Leaving Certificate Examination, 1913
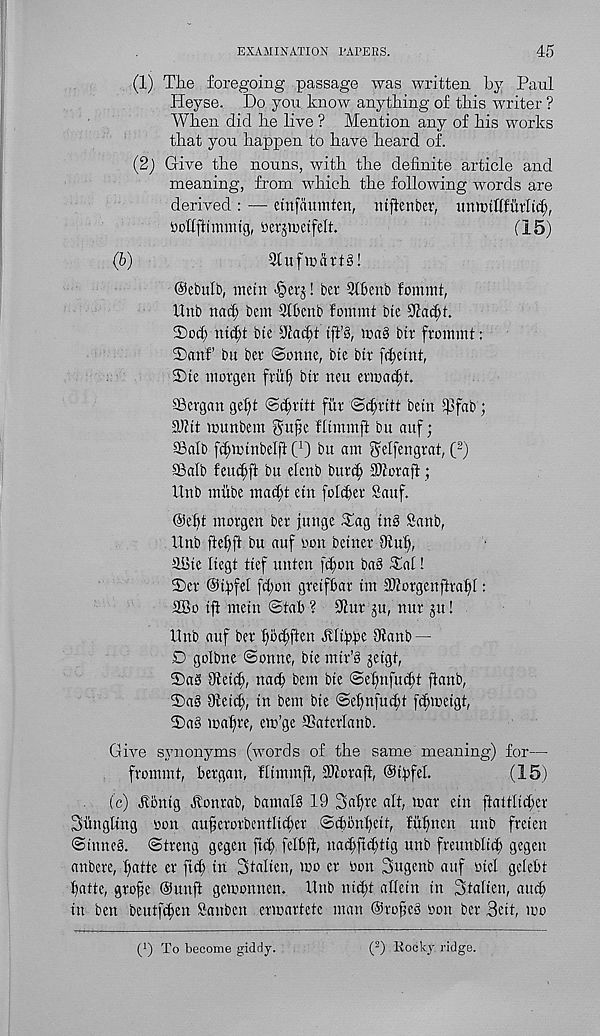
EXAMINATION I'APEES.
45
(1) The foregoing passage was written by Paul
Pleyse. Do you know anything of this writer ?
When did he live ? Mention any of his works
that you happen to have heard of.
(2) Give the nouns, with the definite article and
meaning, from which the following words are
derived : •— einfaumten, mjtenber, imttufifmhif),
vjohfhmmtg, berjiucifelt.
115)
(6)
Stufii'drta!
@ebulb, mein Jperj! bet 31Benb fomnit,
Hub na<| bcm Slbcnb fommt bte
Soct) nicljt bte Ulacpt
ma§ bit ftommt:
3)anfi bit bet (Sonne, bte bit fifietttt,
®te ntotgen ftuf) bit neu etmacl;t.
SBergan ge^it Sd;titt fitt Sdjritt bein $fab;
3Jiit tounbem gupe flimmft bu auf;
93alb fc^minbelft C 1 ) bn am ^elfengrat, ( 2 )
SBalb fencl)ft bn elenb butd; 911otaft;
Unb miibe mac[;t ein folcfiet Sauf.
@efit morgen bet jttnge Tag in§ Sanb,
Unb ftet)ft bu auf non beinet 9iui),
SBie Itegt tief unten fc^on ba8 Tat!
Set ©tyfet fct;on gretfbat tm SUotgenfitat)!:
2Bo ijl mein Stab ? 91ut ju, nut ju!
Unb auf bet fio^ften dUtbbe Olanb —
D golbne Sonne, bie mtr’§ jeigt,
T)a§ Oleti^, nacb bent bte Sefmfuttfi ftanb,
Ta§ Oteicf), in bent bie Se^nfud;t fcfjmeigt,
T)a§ ma§te, eto’ge ffiatetlanb.
Give synonyms (words of the same meaning) for—
ftommt, betgan, flimmft, SWotaft, ©ibfel.
(15)
(c) Jlbnig dtontab, bamal§ 19 Sa^te alt, mat etn ftaltlit^et
Sttngling ton au^etotbentlic^et Scbbnt)eit, fu^nen unb freten
Sinneg. Streng gegen fict; felbfi, na(f;ft(f;ttg unb fteunbtid; gegen
anbere, f)atte et fief in Stalien, mo et ton 3ugenb auf oicl getebt
tfatte, gtofse @unft gemonnen. Unb nid;t afletn in Sfalten, attc^
in ben beutfeften Sattben etmartete man ©toffee ton bet 3eit, mo
t 1 ) To become giddy.
( 2 ) Rocky ridge.